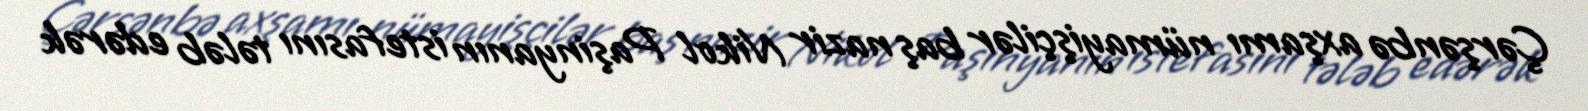
Çərşənbə axşamı nümayişçilər baş nazir Nikol Paşinyanın istefasını tələb edərək